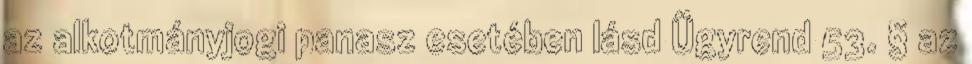
az alkotmányjogi panasz esetében lásd Ügyrend 53. § az